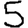
Digit: 5